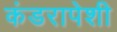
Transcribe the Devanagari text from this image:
कंडरापेशी